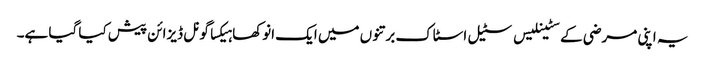
یہ اپنی مرضی کے سٹینلیس سٹیل اسٹاک برتنوں میں ایک انوکھا ہیکساگونل ڈیزائن پیش کیا گیا ہے۔